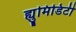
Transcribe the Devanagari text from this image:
ह्युमिडिटी